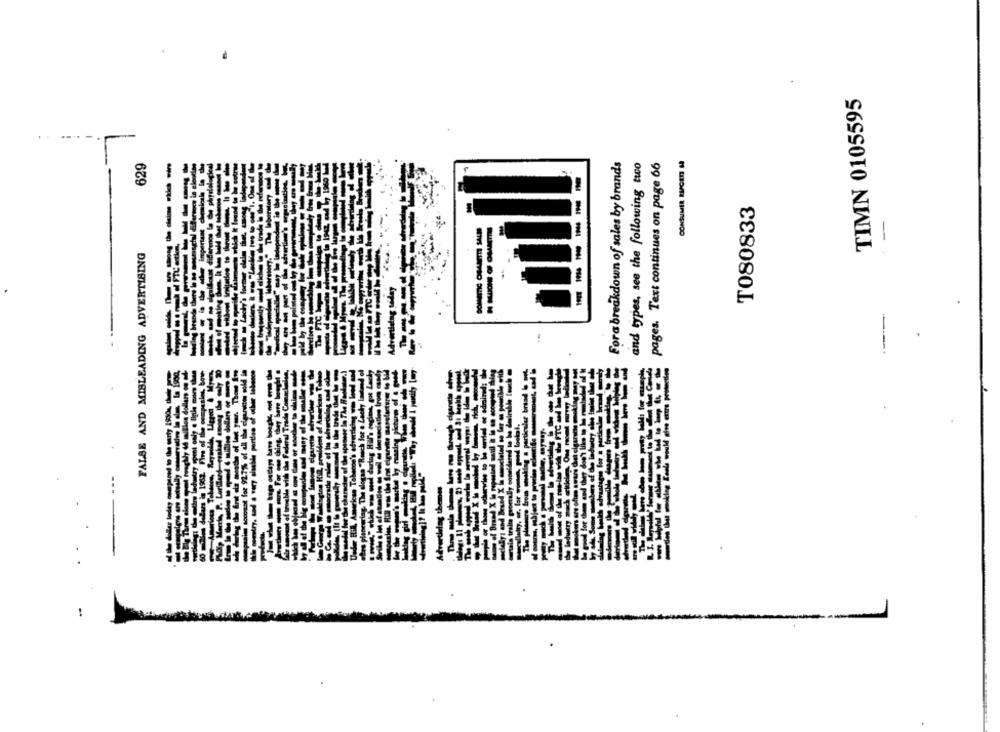
TIMN 0105595
..
CONSUMER RIPCET 6
629
-
Forabreakdown of sales by brands
and types, see the following two
pages. Text continues on page 66
T080833
-
DOMETIC OMAMETTI SALM
FALSE AND MISLEADING ADVERTISING
wertlelag today